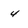
Character: 4